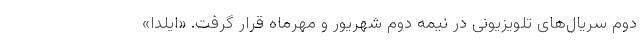
دوم سریال‌های تلویزیونی در نیمه دوم شهریور و مهرماه قرار گرفت. «ایلدا»